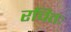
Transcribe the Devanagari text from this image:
रचितः